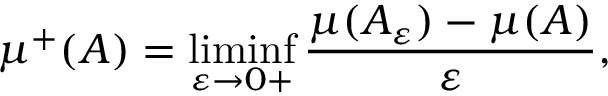
\mu ^ { + } ( A ) = \operatorname* { l i m i n f } _ { \varepsilon \to 0 + } { \frac { \mu ( A _ { \varepsilon } ) - \mu ( A ) } { \varepsilon } } ,